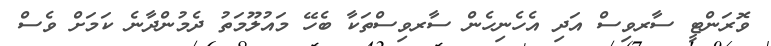
ވޮރަންޓީ ސާރވިސް އަދި އެހެނިހެން ސާރވިސްތަކާ ބެހޭ މައުލޫމަތު ދެމުންދާނެ ކަމަށް ވެސް